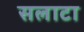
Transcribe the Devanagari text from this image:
सलाटा